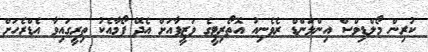
ކުރިން މޯލްޑިވްސް އިންލަންޑް ރެވެނިއު އޮތޯރިޓީގެ ވަޒީފާއަށް އެދޭ ފޯމާއެކު ތިރީގައިވާ އެޑްރެހަށް